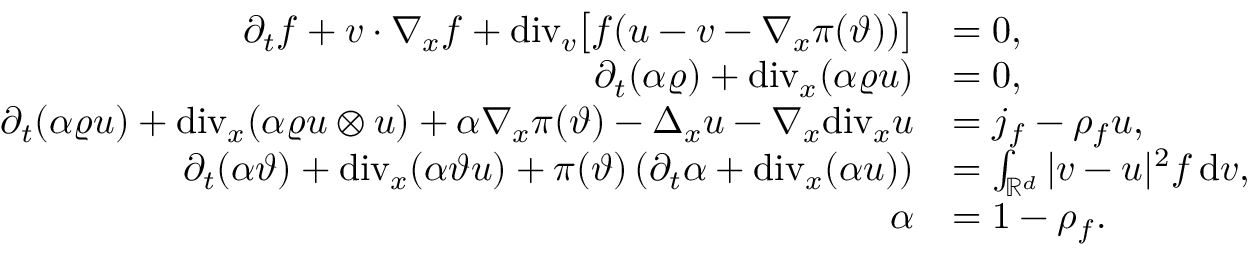
\begin{array} { r l } { \partial _ { t } f + v \cdot \nabla _ { x } f + \mathrm { d i v } _ { v } \big [ f ( u - v - \nabla _ { x } \pi ( \vartheta ) ) \big ] } & { = 0 , } \\ { \partial _ { t } ( \alpha \varrho ) + \mathrm { d i v } _ { x } ( \alpha \varrho u ) } & { = 0 , } \\ { \partial _ { t } ( \alpha \varrho u ) + \mathrm { d i v } _ { x } ( \alpha \varrho u \otimes u ) + \alpha \nabla _ { x } \pi ( \vartheta ) - \Delta _ { x } u - \nabla _ { x } \mathrm { d i v } _ { x } u } & { = j _ { f } - \rho _ { f } u , } \\ { \partial _ { t } ( \alpha \vartheta ) + \mathrm { d i v } _ { x } ( \alpha \vartheta u ) + \pi ( \vartheta ) \left( \partial _ { t } \alpha + \mathrm { d i v } _ { x } ( \alpha u ) \right) } & { = \int _ { \mathbb R ^ { d } } \vert v - u \vert ^ { 2 } f \, \mathrm { d } v , } \\ { \alpha } & { = 1 - \rho _ { f } . } \end{array}